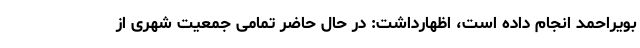
بویراحمد انجام داده است، اظهارداشت: در حال حاضر تمامی جمعیت شهری از